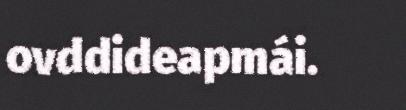
ovddideapmái.